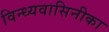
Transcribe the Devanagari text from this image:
विन्ध्यवासिनीका